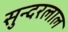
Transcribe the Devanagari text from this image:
सुन्‍दरलाल